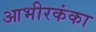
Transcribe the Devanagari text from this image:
आभीरकंका